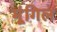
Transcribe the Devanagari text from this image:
मूंगिल